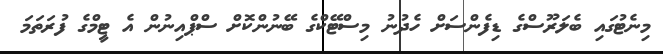
މިނެޓުގައި ބެލަރޫސްގެ ޑިފެންސަށް ހެދުނު މިސްޓޭކްގެ ބޭނުންކޮށް ސްޕްއިނުން އެ ޓީމްގެ ފުރަތަމަ